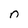
Character: n